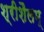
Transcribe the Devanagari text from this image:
श्रीशैलम्